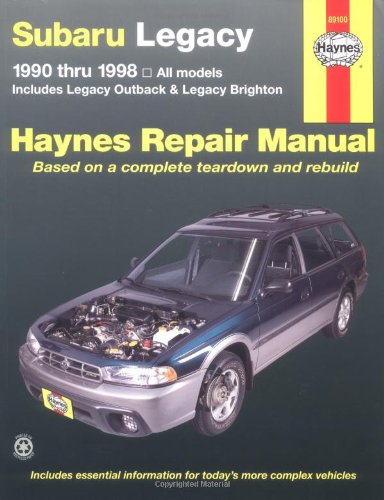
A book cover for Subaru Legacy, 1990-1998: Includes Legacy Outback and Legacy Brighton (Haynes Manuals); John Haynes; Engineering & Transportation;